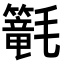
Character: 𣰴